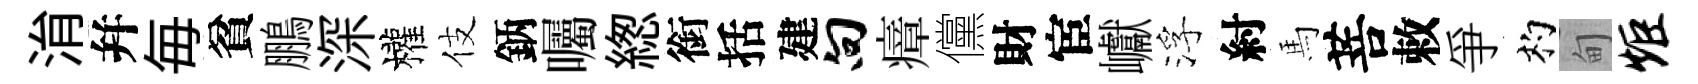
㳙幷毎貧鵬深權伎鈵囑緫銜括建向瘴儻財宦巘浮紂馬菩敕爭杓甸炬